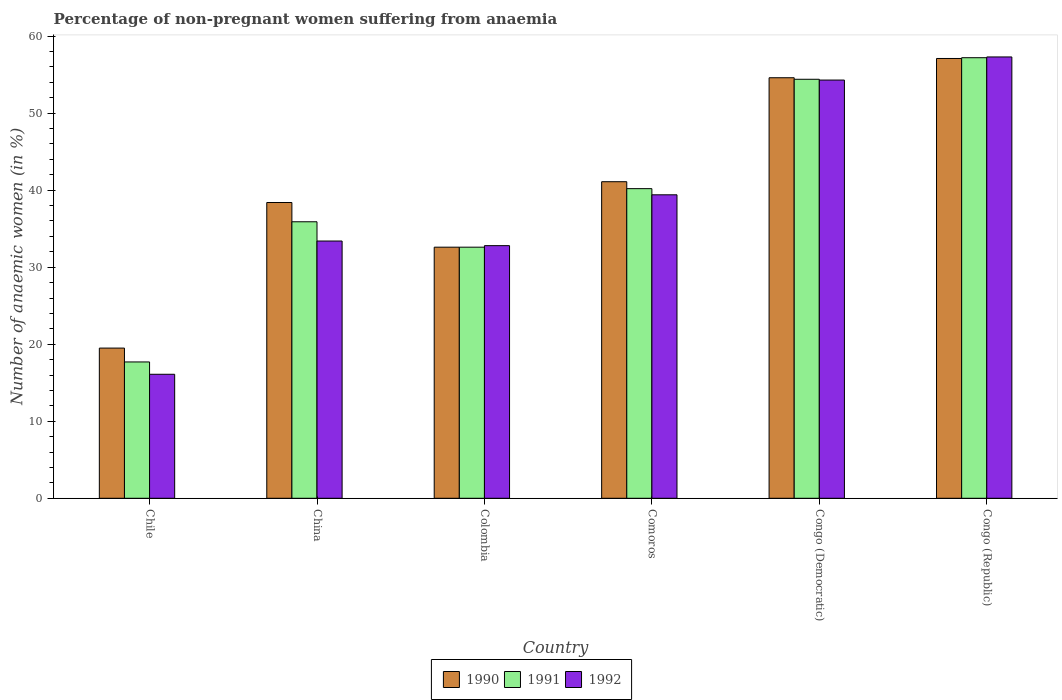
| Country | 1990 | 1991 | 1992 |
 | --- | --- | --- | --- |
 | Chile | 19.5 | 17.7 | 16.1 |
 | China | 38.4 | 35.9 | 33.4 |
 | Colombia | 32.6 | 32.6 | 32.8 |
 | Comoros | 41.1 | 40.2 | 39.4 |
 | Congo (Democratic) | 54.6 | 54.4 | 54.3 |
 | Congo (Republic) | 57.1 | 57.2 | 57.3 |